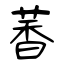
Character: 萫